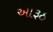
આરૂઠ